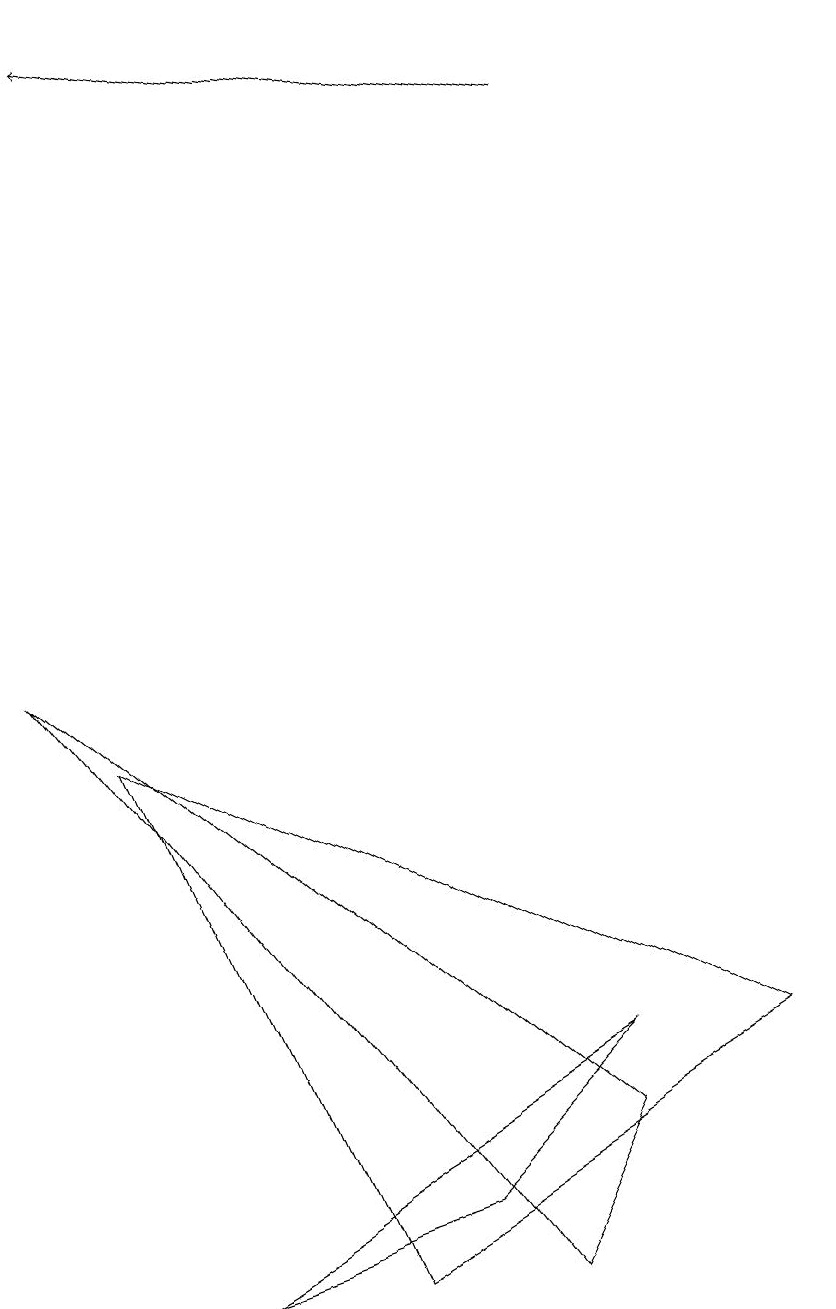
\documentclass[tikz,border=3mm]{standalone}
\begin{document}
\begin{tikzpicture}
\draw (10,12) circle (0);
\draw[->] (7,15) -- (1,16);
\draw (2,0) -- (7,3) -- (5,1) -- cycle;
\draw (1,7) -- (4,0) -- (9,3) -- cycle;
\draw (6,0) -- (0,8) -- (7,2) -- cycle;
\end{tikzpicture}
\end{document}